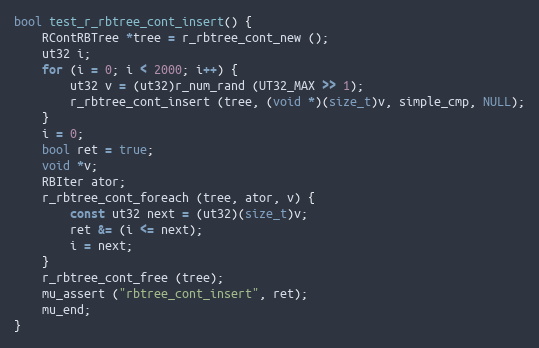
Language: C
bool test_r_rbtree_cont_insert() {
	RContRBTree *tree = r_rbtree_cont_new ();
	ut32 i;
	for (i = 0; i < 2000; i++) {
		ut32 v = (ut32)r_num_rand (UT32_MAX >> 1);
		r_rbtree_cont_insert (tree, (void *)(size_t)v, simple_cmp, NULL);
	}
	i = 0;
	bool ret = true;
	void *v;
	RBIter ator;
	r_rbtree_cont_foreach (tree, ator, v) {
		const ut32 next = (ut32)(size_t)v;
		ret &= (i <= next);
		i = next;
	}
	r_rbtree_cont_free (tree);
	mu_assert ("rbtree_cont_insert", ret);
	mu_end;
}